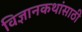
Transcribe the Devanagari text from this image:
विज्ञानकथांसाठी